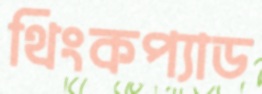
থিংকপ্যাড